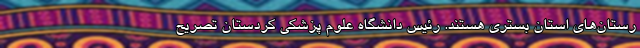
رستان‌های استان بستری هستند. رئیس دانشگاه علوم پزشکی کردستان تصریح